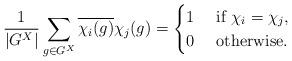
LaTeX: \begin{align*}\frac{1}{|G^X|}\sum_{g\in G^X} \overline{\chi_i(g)}\chi_j(g)=\begin{cases}1 & $ if $ \chi_i=\chi_j,\\0 & $ otherwise.$\end{cases}\end{align*}